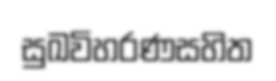
සුඛවිහරණසහිත